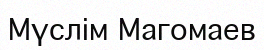
Мүслім Магомаев